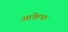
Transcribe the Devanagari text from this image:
आकेफ